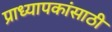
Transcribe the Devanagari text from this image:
प्राध्यापकांसाठी